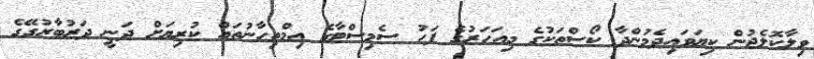
ވިލާކޮލެޖުން ކިޔަވައިދެމުންދާ ކޯސްތަކުގެ މިއަހަރުގެ ފަހު ސެމިސްޓާގެ އިމްތިހާނުތައް ކުރިޔަށް ދަނީ ދަރުބާރުގޭގެ